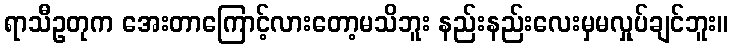
ရာသီဥတုက အေးတာကြောင့်လားတော့မသိဘူး နည်းနည်းလေးမှမလှုပ်ချင်ဘူး။